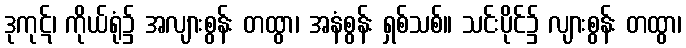
ဒုကုဋ်၊ ကိုယ်ရုံ၌ အလျားစွန်း တထွာ၊ အနံစွန်း ရှစ်သစ်။ သင်းပိုင်၌ လျားစွန်း တထွာ၊